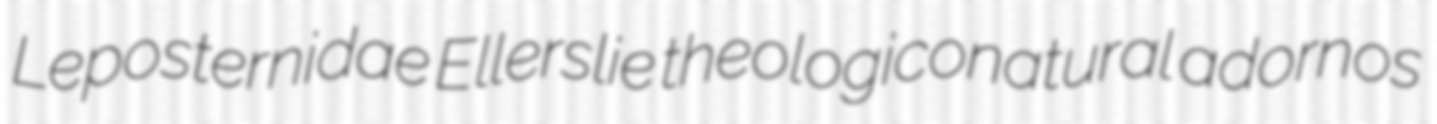
Leposternidae Ellerslie theologiconatural adornos